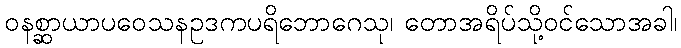
ဝနစ္ဆာယာပဝေသနဥဒကပရိဘောဂေသု၊ တောအရိပ်သို့ဝင်သောအခါ၊